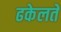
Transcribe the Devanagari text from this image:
ढकेलते